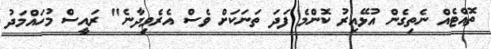
ތޮއްޓެއް ނެތިގެން އުޅޭއިރު ކޮންމެ ފަދަ ތަނަކަށް ވެސް އެރެވިދާނެ" ރައީސް މުހައްމަދު